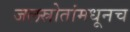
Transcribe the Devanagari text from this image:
जलस्रोतांमधूनच